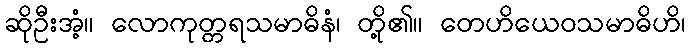
ဆိုဦးအံ့။ လောကုတ္တရသမာဓိနံ၊ တို့၏။ တေဟိယေဝသမာဓိဟိ၊